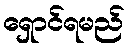
ရှောင်ရမည်